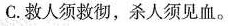
C.救人须救彻，杀人须见血。